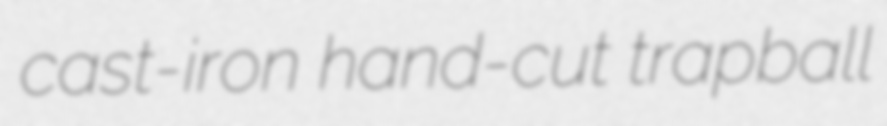
cast-iron hand-cut trapball